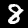
Digit: 8